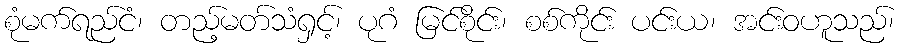
စုံမက်ရည်ငံ၊ တည့်မတ်သံရှင့်၊ ပုဂံ မြင်စိုင်း၊ စစ်ကိုင်း ပင်းယ၊ အင်းဝဟူသည်၊